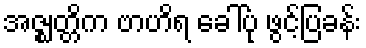
အဇ္ဈတ္တိက ဗာဟိရ ခေါ်ပုံ ဖွင့်ပြခန်း